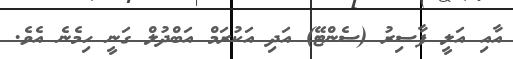
އާއި އަލީ ފާސިރު (ސެންޓޭ) އަދި އަކުރަމް އަބްދުލް ގަނީ ހިމެނެ އެވެ.